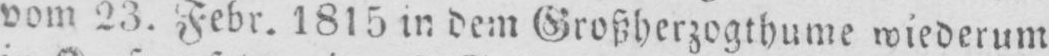
vom 23. Febr. 1815 in dem Großherzogthume wiederum